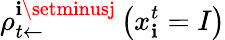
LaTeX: \rho_{t\leftarrow}^{\mathbf{i}\setminusj}\left(x_{\mathbf{i}}^{t}=I\right)